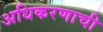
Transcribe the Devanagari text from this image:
अधिकरणाची